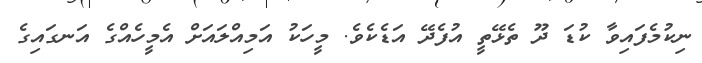
ނިކުމެފައިވާ ކުޑަ ދޫ ތެޅޭތީ އުފެދޭ އަޑެކެވެ. މީހަކު އަމިއްލައަށް އެމީހެއްގެ އަނގައިގެ